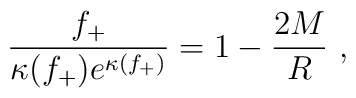
\frac{f_+}{\kappa(f_+)e^{\kappa(f_+)}} = 1 - \frac{2M}{R}\ ,